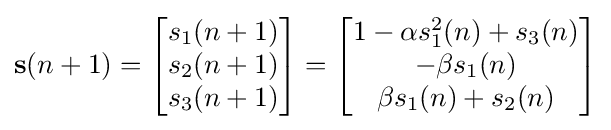
\mathbf {s} (n+1)={\begin{bmatrix}s_{1}(n+1)\\s_{2}(n+1)\\s_{3}(n+1)\end{bmatrix}}={\begin{bmatrix}1-\alpha s_{1}^{2}(n)+s_{3}(n)\\-\beta s_{1}(n)\\\beta s_{1}(n)+s_{2}(n)\end{bmatrix}}